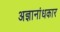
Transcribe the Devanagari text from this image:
अज्ञानांधकार